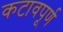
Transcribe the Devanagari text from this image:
कटावपूर्ण